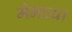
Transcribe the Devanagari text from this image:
मेनच्या